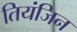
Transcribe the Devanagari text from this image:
तियंजिन